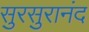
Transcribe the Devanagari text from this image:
सुरसुरानंद